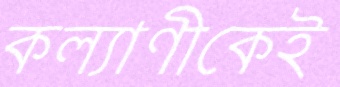
কল্যাণীকেই